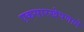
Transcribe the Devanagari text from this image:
एकसारखेपणाने